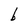
Character: b